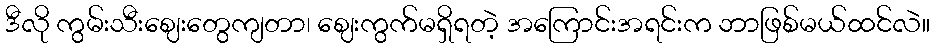
ဒီလို ကွမ်းသီးဈေးတွေကျတာ၊ ဈေးကွက်မရှိရတဲ့ အကြောင်းအရင်းက ဘာဖြစ်မယ်ထင်လဲ။